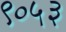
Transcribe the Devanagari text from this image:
९०५३